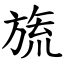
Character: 旒